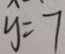
y = 7